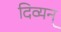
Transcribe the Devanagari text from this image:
दिव्यन्